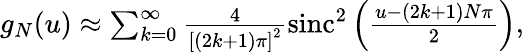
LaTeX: \begin{array}{r}{g_{N}(u)\approx\sum_{k=0}^{\infty}\frac{4}{\left[(2k+1)\pi\right]^{2}}\mathrm{sinc}^{2}\left(\frac{u-(2k+1)N\pi}{2}\right),}\end{array}